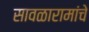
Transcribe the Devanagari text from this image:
सावळारामांचे